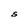
Character: S